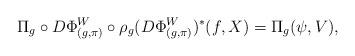
LaTeX: \begin{align*} \Pi_{g} \circ D\Phi^W_{(g,\pi)} \circ \rho_g (D\Phi^W_{(g,\pi)})^* (f, X) =\Pi_g (\psi, V),\end{align*}